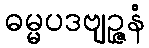
ဓမ္မပဒဗျဉ္ဇနံ